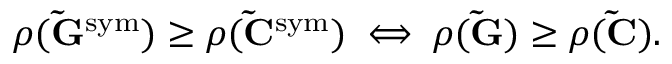
\begin{array} { r } { \rho ( \mathbf { \tilde { G } } ^ { \mathrm { s y m } } ) \geq \rho ( \mathbf { \tilde { C } } ^ { \mathrm { s y m } } ) \iff \rho ( \mathbf { \tilde { G } } ) \geq \rho ( \mathbf { \tilde { C } } ) . } \end{array}